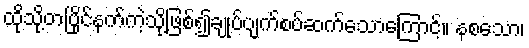
ထိုသို့တပြိုင်နက်ကဲ့သို့ဖြစ်၍ချုပ်ပျက်စပ်ဆက်သောကြောင့်။ နစသော၊